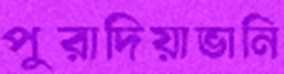
পুরাদিয়াভানি